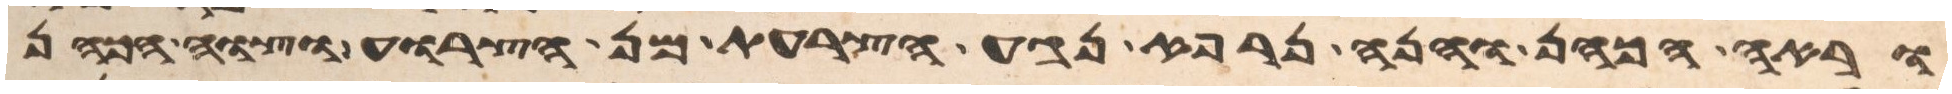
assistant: וראה הכהן והנה נרפא נגע הצרעת מן הצרוע וצוה הכהן